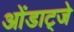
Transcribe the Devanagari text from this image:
ओंडाट्जे